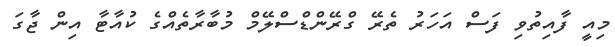
މިއީ ފާއިތުވި ފަސް އަހަރު ތެރޭ ގްރޭންޑްސްލޭމް މުބާރާތެއްގެ ކުއާޓާ އިން ޖާގަ